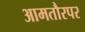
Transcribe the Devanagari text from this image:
आमतौरपर